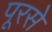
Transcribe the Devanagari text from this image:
पूरसे